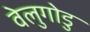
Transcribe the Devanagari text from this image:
वेलुगोडु